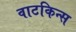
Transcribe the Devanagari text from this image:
वाटकिन्स